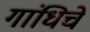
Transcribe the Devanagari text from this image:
गांधिचे